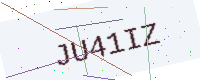
Text: JU41IZ